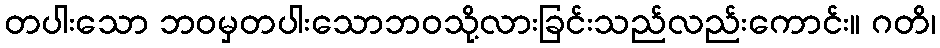
တပါးသော ဘဝမှတပါးသောဘဝသို့လားခြင်းသည်လည်းကောင်း။ ဂတိ၊